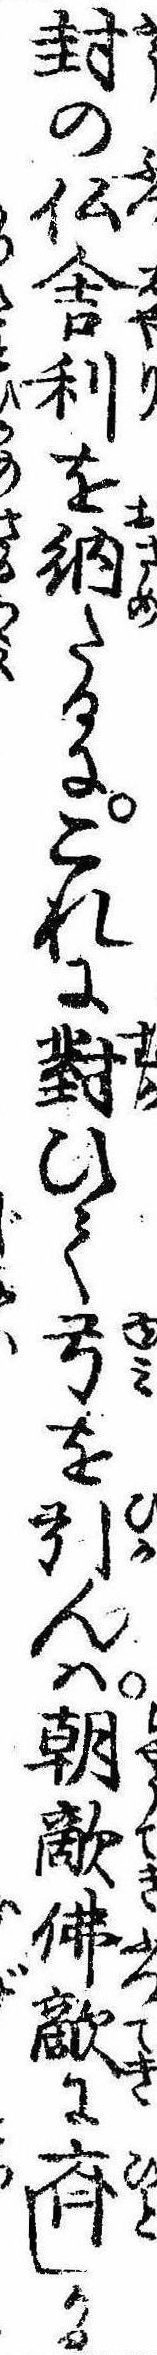
封の仏舎利を納たるにこれに対ひて弓を引んは朝敵仏敵に斉しかる